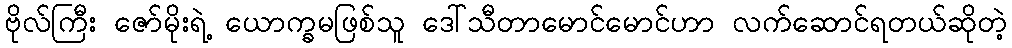
ဗိုလ်ကြီး ဇော်မိုးရဲ့ ယောက္ခမဖြစ်သူ ဒေါ်သီတာမောင်မောင်ဟာ လက်ဆောင်ရတယ်ဆိုတဲ့